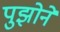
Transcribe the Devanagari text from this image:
पुझोने